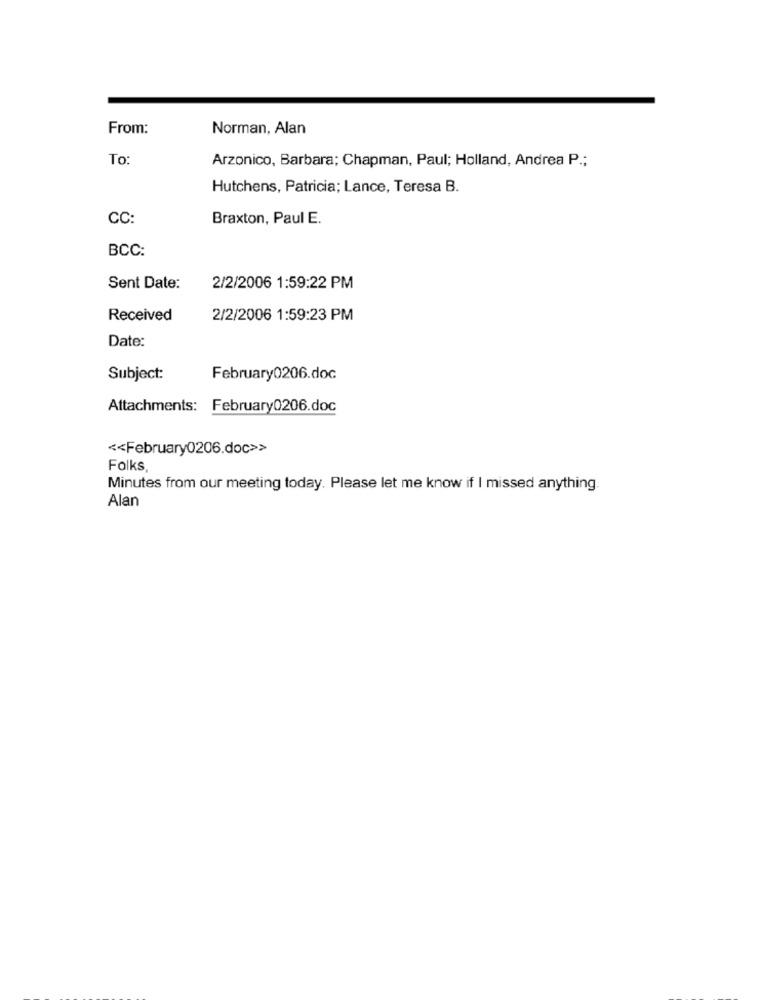
From:
Norman, Alan
To
Arzonico, Barbara; Chapman, Paul; Holland, Andrea P .;
Hutchens, Patricia; Lance, Teresa B.
CC:
Braxton, Paul E.
BCC:
Sent Date:
2/2/2006 1:59:22 PM
Received
2/2/2006 1:59:23 PM
Date:
Subject:
February0206.doc
Attachments: February0206.doc
<< February0206.doc>>
Folks,
Minutes from our meeting today. Please let me know if I missed anything.
Alan